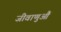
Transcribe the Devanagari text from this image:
जीवाणुऔं